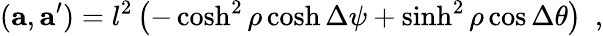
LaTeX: ({\mathbf a},{\mathbf a^{\prime}})=l^{2}\left(-\cosh^{2}\rho\cosh\Delta\psi+\sinh^{2}\rho\cos\Delta\theta\right)~~,